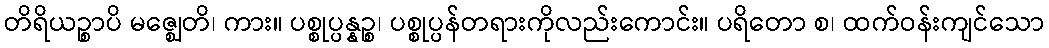
တိရိယဉ္စာပိ မဇ္ဈေတိ၊ ကား။ ပစ္စုပ္ပန္နဉ္စ၊ ပစ္စုပ္ပန်တရားကိုလည်းကောင်း။ ပရိတော စ၊ ထက်ဝန်းကျင်သော